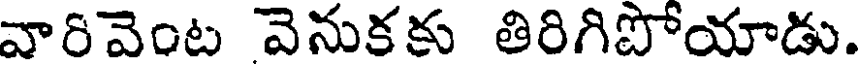
వారివెంట వెనుకకు తిరిగిపోయాడు.